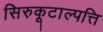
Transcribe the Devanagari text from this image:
सिरुकूटाल्पत्ति